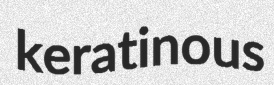
keratinous